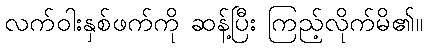
လက်ဝါးနှစ်ဖက်ကို ဆန့်ပြီး ကြည့်လိုက်မိ၏။